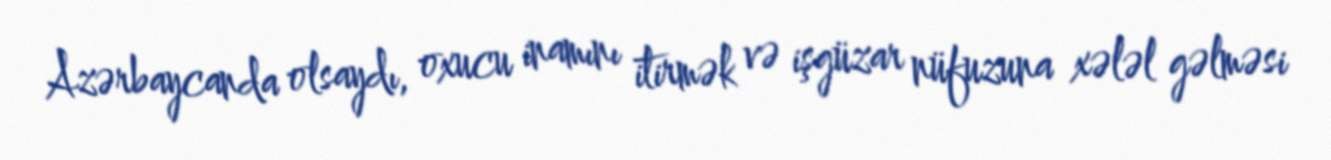
Azərbaycanda olsaydı, oxucu inamını itirmək və işgüzar nüfuzuna xələl gəlməsi